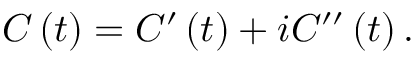
C \left( t \right) = C ^ { \prime } \left( t \right) + i C ^ { \prime \prime } \left( t \right) .